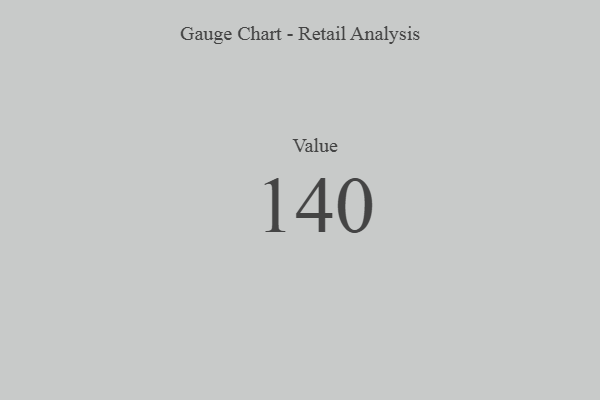
{"axis": {"x": "Metric", "y": "Value"}, "legend": [""], "data": [{"x": "Value", "y": 140, "type": ""}]}